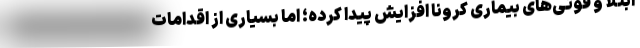
ابتلا و فوتی‌های بیماری کرونا افزایش پیدا کرده؛ اما بسیاری از اقدامات